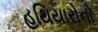
હથિયારોનો